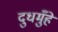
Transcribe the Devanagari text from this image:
दुधमुँहे